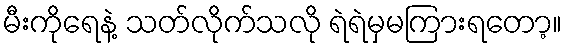
မီးကိုရေနဲ့ သတ်လိုက်သလို ရဲရဲမှမကြားရတော့။